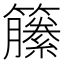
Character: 籘